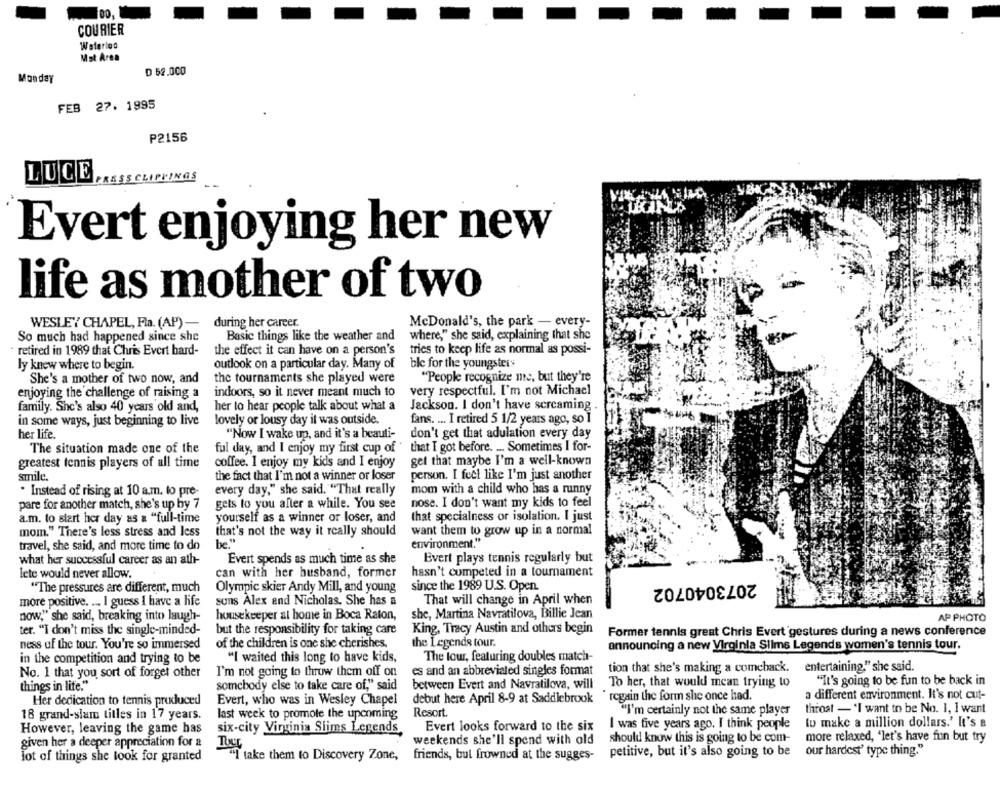
COURIER
Waterloo
Mat Area
D 52.000
Monday
FEB 27. 1995
P2156
LUCE
PRESS CLIPPINGS
Evert enjoying her new
life as mother of two
during her career.
McDonald's, the park - every-
WESLEY CHAPEL, Fla. (AP)-
So much had happened since she
Basic things like the weather and
where," she said, explaining that she
retired in 1989 that Chris Evert hard-
the effect it can have on a person's
tries to keep life as normal as possi-
outlook on a particular day. Many of
ble for the youngsters
ly knew where to begin.
She's a mother of two now, and
the tournaments she played were
"People recognize me, but they're
enjoying the challenge of raising a
indoors, so it never meant much to
very respectful. I'm not Michael
family. She's also 40 years old and,
her to hear people talk about what a
Jackson. I don't have screaming
in some ways, just beginning to live
lovely or lousy day it was outside.
fans. ... I retired 5 1/2 years ago, so I
her life.
"Now I wake up, and it's a beauti-
don't get that adulation every day
The situation made one of the
ful day, and I enjoy my first cup of " that I got before. ... Sometimes I for-
greatest tennis players of all time
coffee. I enjoy my kids and I enjoy
gel that maybe I'm a well-known
person. I feel like I'm just another
smile.
the fact that I'm not a winner or loser
every day," she said. "That really
mom with a child who has a runny
. Instead of rising at 10 a.m. to pre-
pare for another match, she's up by 7
gets to you after a while. You see
nose. I don't want my kids to feel
a.m. to start her day as a "full-time
yourself as a winner or loser, and
that specialness or isolation. I just
mom." There's less stress and less
that's not the way it really should
want them to grow up in a normal
travel, she said, and more time to do
be."
environment."
what her successful career as an ath-
Evert spends as much time as she
Evert plays tennis regularly but
lete would never allow.
can with her husband, former
hasn't competed in a tournament
2073040702
"The pressures are different, much
Olympic skier Andy Mill, and young
since the 1989 U.S. Open.
more positive. ... I guess I have a hife
suns Alex and Nicholas. She has a
That will change in April when
now," she said, breaking into laugh-
housekeeper al home in Boca Raton,
she, Martina Navratilova, Billie Jean
AP PHOTO
ter. "I don't miss the single-minded-
but the responsibility for taking care
King, Tracy Austin and others begin
Former tennis great Chris Evert gestures during a news conference
ness of the tour. You're so immersed
of the children is one she cherishes.
the Legends tour.
announcing a new Virginia Slime Legends women's tennis tour.
"I waited this long to have kids,
The tour, featuring doubles match-
in the competition and trying to be
I'm not going to throw them off on
es and an abbreviated singles format
tion that she's making a comeback.
entertaining." she said.
No. 1 that you sort of forget other
"It's going to be fun to be back in
things in life."
somebody else to take care of," said
between Evert and Navratilova, will
To her, that would mean trying to
debut here April 8-9 at Saddlebrook " regain the form she once had.
a different environment. It's not cut-
Her dedication to tennis produced
Evert, who was in Wesley Chapel
""I'm certainly not the same player
throat - "I want to be No. 1, I want
18 grand-slam titles in 17 years.
last week to promote the upcoming
Resort
Evert looks forward to the six
I was five years ago. I think people
to make a million dollars.' It's a
However, leaving the game has
six-city Virginia Slims Legends,
given her a deeper appreciation for &
weekends she'll spend with old
should know this is going to be com-
more relaxed, "let's have fun but try
TUet
our hardest' type thing."
lot of things she took for granted
"I take them to Discovery Zone,
friends, but frowned at the sugges-
petitive, but it's also going to be